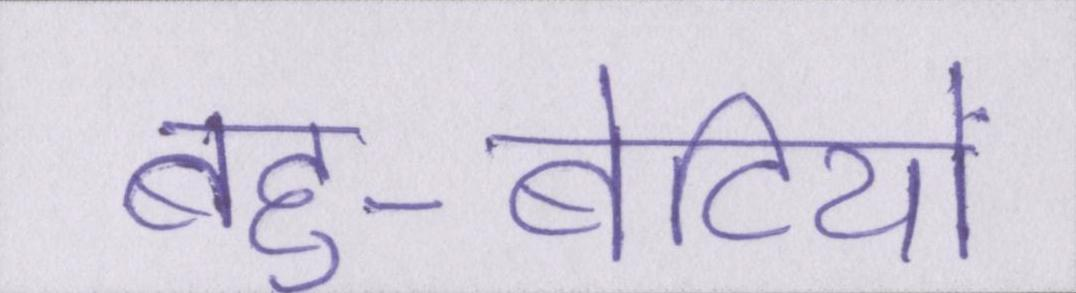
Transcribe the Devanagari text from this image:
बहु-बेटियों